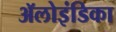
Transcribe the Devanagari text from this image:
ॲलोइंडिका